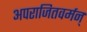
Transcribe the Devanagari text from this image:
अपराजितवर्मन्